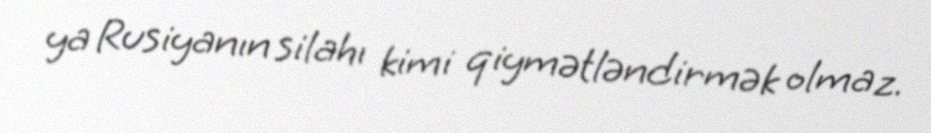
ya Rusiyanın silahı kimi qiymətləndirmək olmaz.